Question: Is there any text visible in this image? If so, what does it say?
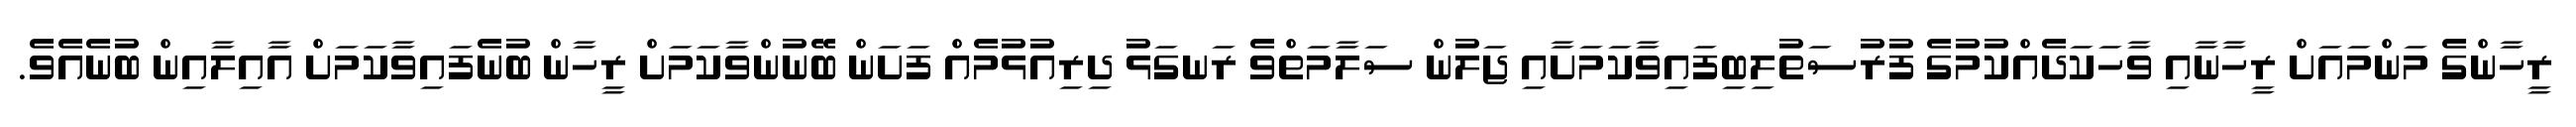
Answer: ރީހާންގެ މަންމައަށް ރީހާނާއި ވާހަކަދެއްކުމުގެ ފުރުސަތުލިބިފައިވާކަމަށާއި ޖަލުން ސަލާމަތްވެ ރަނގަޅު ދިރިއުޅުމެއް ފަށަން ބޭނުންވާކަމަށް ރީހާން ބުނެފައިވާކަމަށް އާއިލާއިން ބުނެއެވެ.